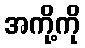
အကို့ကို